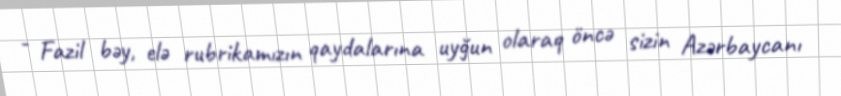
- Fazil bəy, elə rubrikamızın qaydalarına uyğun olaraq öncə sizin Azərbaycanı